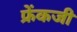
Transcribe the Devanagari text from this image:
फ्रेंकजी